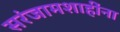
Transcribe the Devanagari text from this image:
सरंजामशाहींना